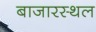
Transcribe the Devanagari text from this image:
बाजारस्थल